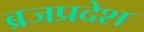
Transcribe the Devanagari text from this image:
ब्रजप्रदेश